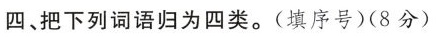
四、把下列词语归为四类。(填序号) (8分)